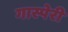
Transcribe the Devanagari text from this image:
गास्पेरी